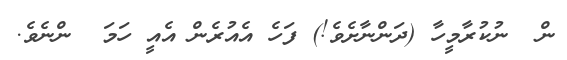
ން  ނުކުރާމީހާ (ދަންނާށެވެ!) ފަހެ އެއުރެން އެއީ ހަމަ  ންނެވެ.